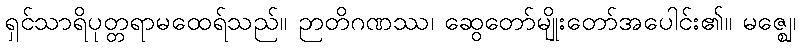
ရှင်သာရိပုတ္တရာမထေရ်သည်။ ဉာတိဂဏဿ၊ ဆွေတော်မျိုးတော်အပေါင်း၏။ မဇ္ဈေ၊